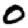
Digit: 0